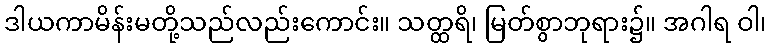
ဒါယကာမိန်းမတို့သည်လည်းကောင်း။ သတ္ထရိ၊ မြတ်စွာဘုရား၌။ အဂါရ ဝါ၊